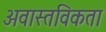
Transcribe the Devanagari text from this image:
अवास्तविकता